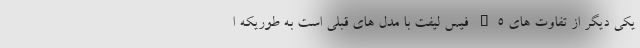
یکی دیگر از تفاوت های S5 فیس لیفت با مدل های قبلی است به طوریکه ا